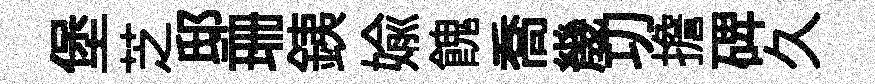
堡芝邸珊銕媮餽喬㡬㓛擔𥓓久